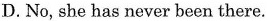
D. No, she has never been there.